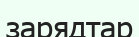
зарядтар